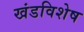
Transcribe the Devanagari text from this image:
खंडविशेष